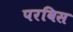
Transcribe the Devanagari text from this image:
परविस